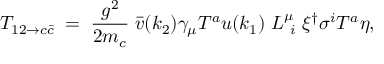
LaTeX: { \cal T } _ { 1 2 \to c \bar { c } } \; = \; { \frac { g ^ { 2 } } { 2 m _ { c } } } \; { \bar { v } } ( k _ { 2 } ) \gamma _ { \mu } T ^ { a } u ( k _ { 1 } ) \; L _ { \ i } ^ { \mu } \; \xi ^ { \dagger } \sigma ^ { i } T ^ { a } \eta ,